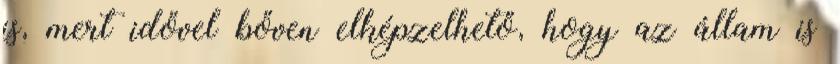
is, mert idővel bőven elképzelhető, hogy az állam is